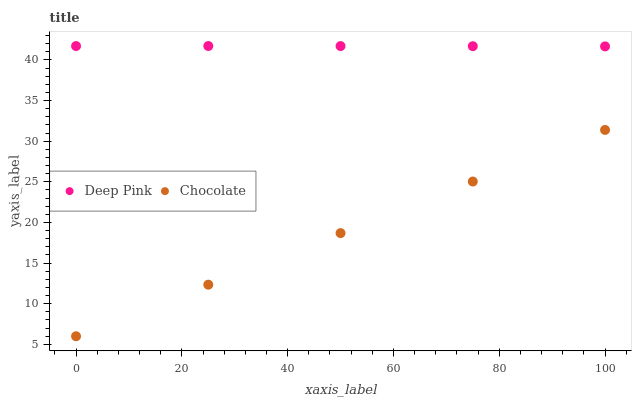
| xaxis_label | Deep Pink | Chocolate |
 | --- | --- | --- |
 | 0 | 41.7 | 6 |
 | 25 | 41.7 | 12.3 |
 | 50 | 41.7 | 18.7 |
 | 75 | 41.7 | 25 |
 | 100 | 41.7 | 31.4 |